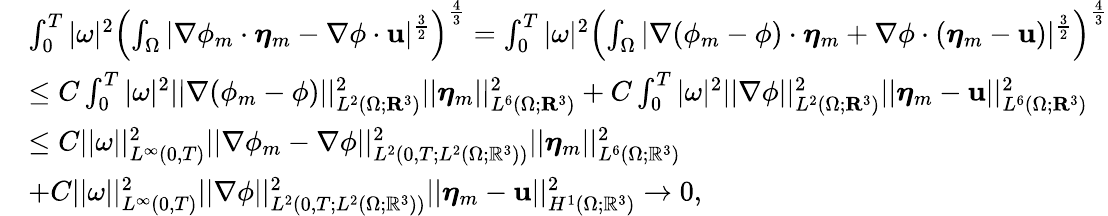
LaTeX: \begin{array}{rl}&{\int_{0}^{T}|\omega|^{2}\left(\int_{\Omega}|\nabla\phi_{m}\cdot\boldsymbol{\eta}_{m}-\nabla\phi\cdot\mathbf{u}|^{\frac{3}{2}}\right)^{\frac{4}{3}}=\int_{0}^{T}|\omega|^{2}\left(\int_{\Omega}|\nabla(\phi_{m}-\phi)\cdot\boldsymbol{\eta}_{m}+\nabla\phi\cdot(\boldsymbol{\eta}_{m}-\mathbf{u})|^{\frac{3}{2}}\right)^{\frac{4}{3}}}\\ &{\leq C\int_{0}^{T}|\omega|^{2}||\nabla(\phi_{m}-\phi)||_{L^{2}(\Omega;\mathbf{R}^{3})}^{2}||\boldsymbol{\eta}_{m}||_{L^{6}(\Omega;\mathbf{R}^{3})}^{2}+C\int_{0}^{T}|\omega|^{2}||\nabla\phi||_{L^{2}(\Omega;\mathbf{R}^{3})}^{2}||\boldsymbol{\eta}_{m}-\mathbf{u}||_{L^{6}(\Omega;\mathbf{R}^{3})}^{2}}\\ &{\leq C||\omega||_{L^{\infty}(0,T)}^{2}||\nabla\phi_{m}-\nabla\phi||_{L^{2}(0,T;L^{2}(\Omega;\mathbb{R}^{3}))}^{2}||\boldsymbol{\eta}_{m}||_{L^{6}(\Omega;\mathbb{R}^{3})}^{2}}\\ &{+C||\omega||_{L^{\infty}(0,T)}^{2}||\nabla\phi||_{L^{2}(0,T;L^{2}(\Omega;\mathbb{R}^{3}))}^{2}||\boldsymbol{\eta}_{m}-\mathbf{u}||_{H^{1}(\Omega;\mathbb{R}^{3})}^{2}\to 0,}\end{array}